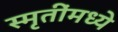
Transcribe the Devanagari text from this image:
स्मृतींमध्ये